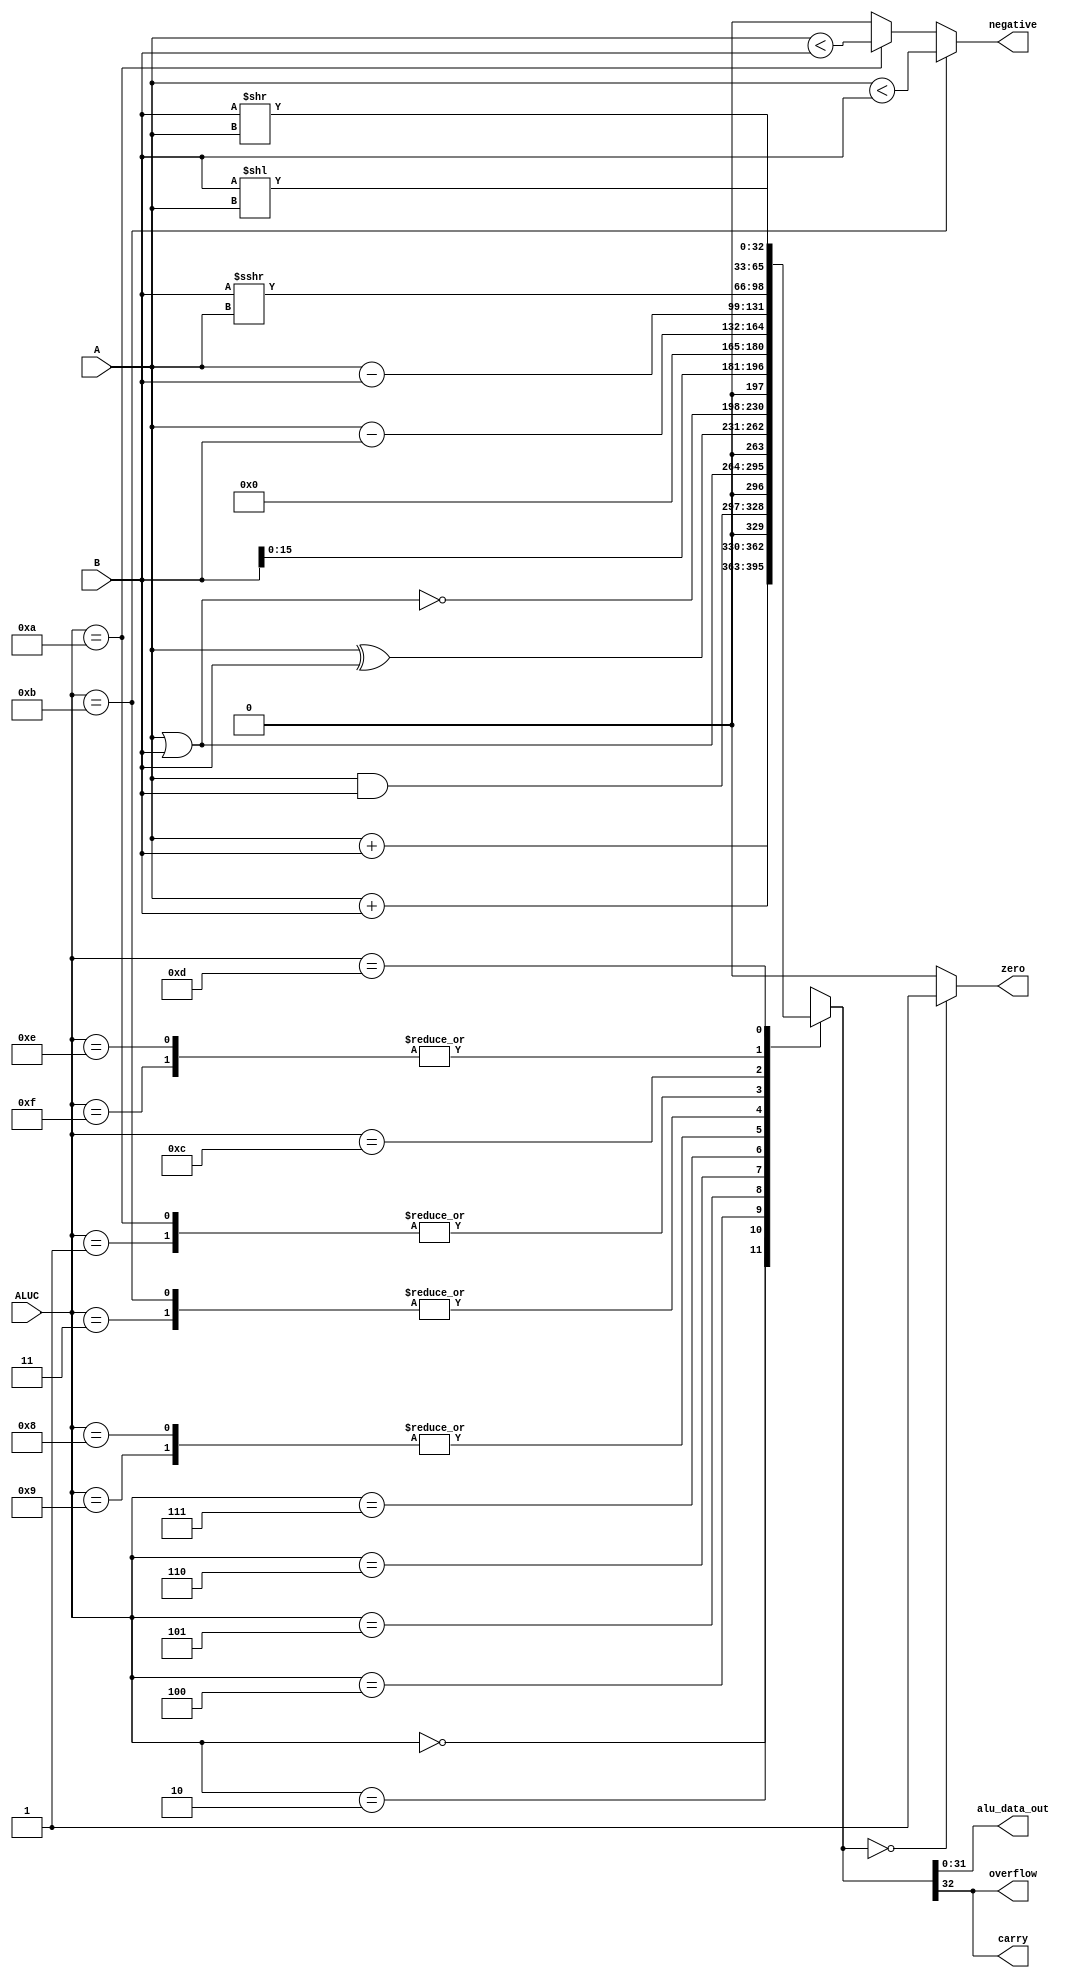
`timescale 1ns / 1ps
module ALU(                      //ALUALU
    input  [31:0] A,             //A
    input  [31:0] B,             //B
    input  [3:0] ALUC,           //ALUC
    output [31:0] alu_data_out,  //
    output zero,                 //ZFBEQ/BNE
    output carry,                //CFSLTI/SLTIU
    output negative,             //NF(SF)SLT/SLTU
    output overflow              //OF
    );
/*  */
parameter ADDU = 4'b0000;
parameter ADD  = 4'b0010;
parameter SUBU = 4'b0001;
parameter SUB  = 4'b0011;
parameter AND  = 4'b0100;
parameter OR   = 4'b0101;
parameter XOR  = 4'b0110;
parameter NOR  = 4'b0111;
parameter LUI1 = 4'b1000;
parameter LUI2 = 4'b1001;   //LUI100XLUI1LUI2
parameter SLT  = 4'b1011;
parameter SLTU = 4'b1010;
parameter SRA  = 4'b1100;
parameter SLL  = 4'b1110;   //SLLSLASLLSLR111X
parameter SLA  = 4'b1111;
parameter SRL  = 4'b1101;
/*  */
reg [32:0] result;                  //33
wire signed [31:0] signedA,signedB; //ABwireAB
assign signedA = A;
assign signedB = B;

always @(*)
begin
    case(ALUC)
        ADDU:       begin result <= A + B;                          end 
        ADD:        begin result <= signedA + signedB;              end
        SUBU:       begin result <= A - B;                          end
        SUB:        begin result <= signedA - signedB;              end
        AND:        begin result <= A & B;                          end
        OR:         begin result <= A | B;                          end
        XOR:        begin result <= A ^ B;                          end
        NOR:        begin result <= ~(A | B);                       end
        LUI1,LUI2:  begin result <= { B[15:0] , 16'b0 };            end
        SLT:        begin result <= signedA - signedB;              end
        SLTU:       begin result <= A - B;                          end
        SRA:        begin result <= signedB >>> signedA;            end
        SLL,SLA:    begin result <= B << A;                         end
        SRL:        begin result <= B >> A;                         end
    endcase
end 

assign alu_data_out = result[31:0];
assign zero = (result == 32'b0) ? 1 : 0;
assign carry = result[32]; 
assign negative =  (ALUC == SLT ? (signedA < signedB) : ((ALUC == SLTU) ? (A < B) : 1'b0));//negtive
assign overflow = result[32];

endmodule